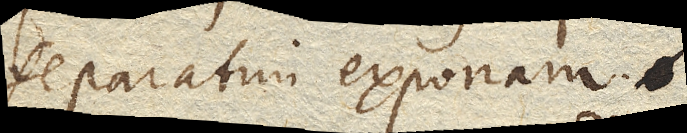
separatim exponam.